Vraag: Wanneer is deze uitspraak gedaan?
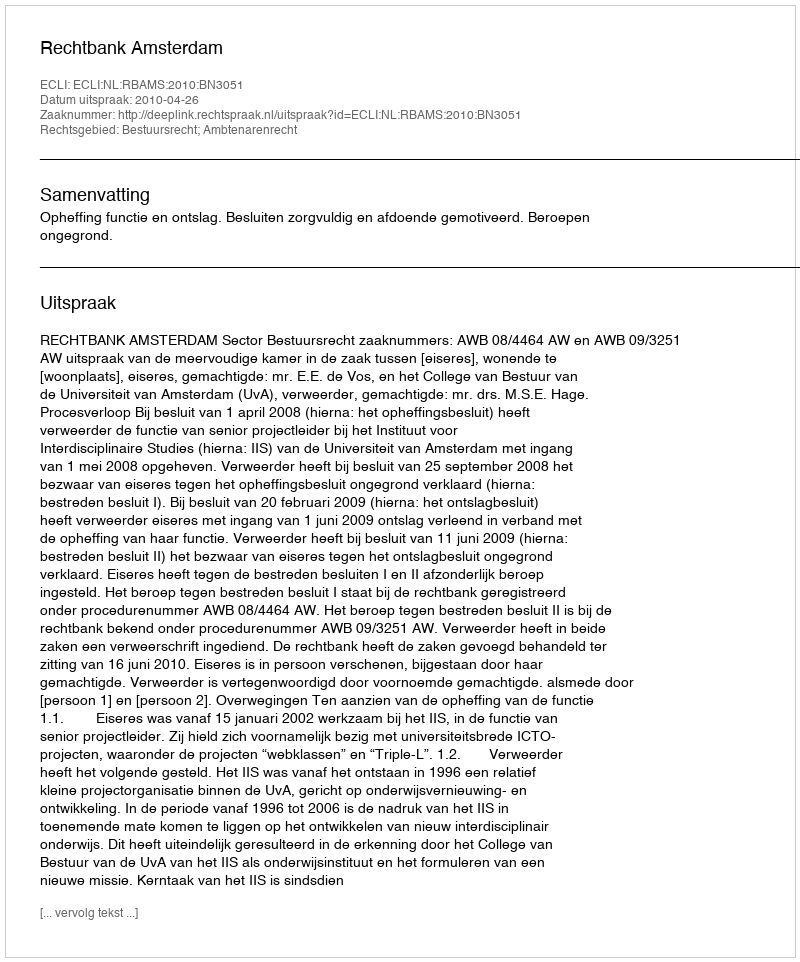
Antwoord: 2010-04-26